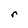
Character: r